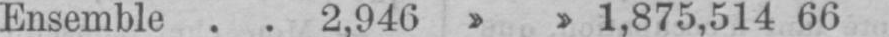
Ensemble 2,946 1,875,514 66